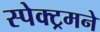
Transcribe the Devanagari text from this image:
स्पेक्ट्रमने